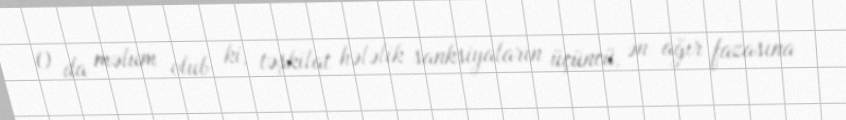
O da məlum olub ki, təşkilat hələlik sanksiyaların üçüncü, ən ağır fazasına